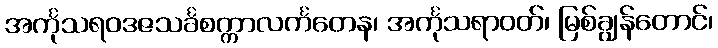
အင်္ကုသရဝဒဇသင်္ခစက္ကာလင်္ကတေန၊ အင်္ကုသရာဝတ်၊ မြစ်ချွန်တောင်၊